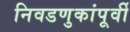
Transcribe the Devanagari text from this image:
निवडणुकांपूर्वी